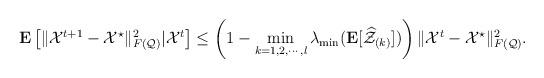
LaTeX: \begin{align*} \mathbf{E}\left[\|\mathcal{X}^{t+1}-\mathcal{X}^{\star}\|_{F(\mathcal{Q})}^{2}|\mathcal{X}^{t}\right] \leq \left(1-\mathop{\min}_{k=1,2,\cdots,l}\lambda_{\min}(\mathbf{E}[\widehat{\mathcal{Z}}_{(k)}])\right)\|\mathcal{X}^{t}-\mathcal{X}^{\star}\|_{F(\mathcal{Q})}^{2}. \end{align*}